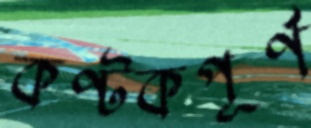
কণ্টকপূর্ণ